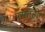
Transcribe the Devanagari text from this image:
पसंतही